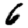
Digit: 6